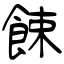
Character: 餗